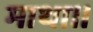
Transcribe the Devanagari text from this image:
माथा।।